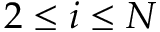
2 \leq i \leq N